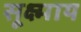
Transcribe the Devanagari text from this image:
सूक्ष्माय